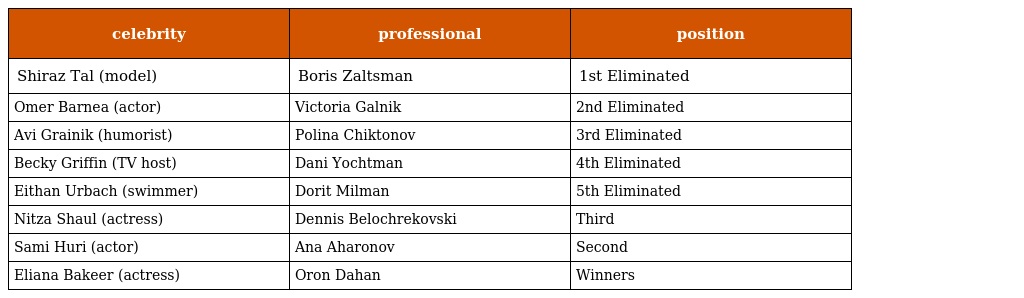
| celebrity | professional | position |
 | --- | --- | --- |
 | Shiraz Tal (model) | Boris Zaltsman | 1st Eliminated |
 | Omer Barnea (actor) | Victoria Galnik | 2nd Eliminated |
 | Avi Grainik (humorist) | Polina Chiktonov | 3rd Eliminated |
 | Becky Griffin (TV host) | Dani Yochtman | 4th Eliminated |
 | Eithan Urbach (swimmer) | Dorit Milman | 5th Eliminated |
 | Nitza Shaul (actress) | Dennis Belochrekovski | Third |
 | Sami Huri (actor) | Ana Aharonov | Second |
 | Eliana Bakeer (actress) | Oron Dahan | Winners |